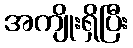
အကျိုးရှိပြီး